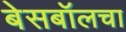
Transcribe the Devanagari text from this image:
बेसबॉलचा